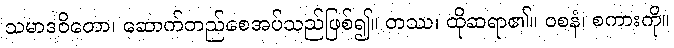
သမာဒဝိတော၊ ဆောက်တည်စေအပ်သည်ဖြစ်၍။ တဿ၊ ထိုဆရာ၏။ ဝစနံ၊ စကားကို။